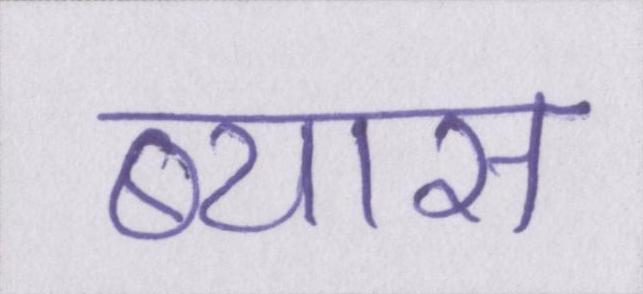
ब्यास